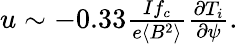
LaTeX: \begin{array}{r}{u\sim-0.33\frac{If_{c}}{e\langle B^{2}\rangle}\frac{\partial T_{i}}{\partial\psi}.}\end{array}